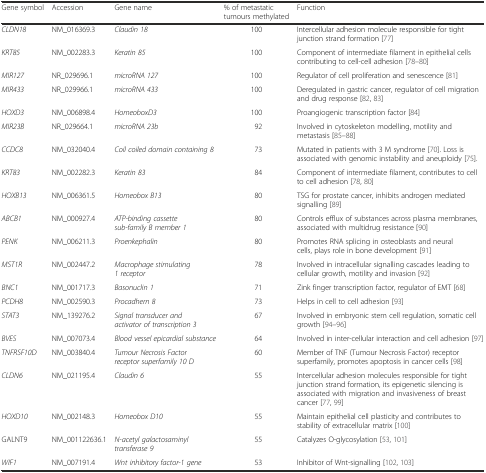
<table><thead><tr><td><b>Gene symbol</b></td><td><b>Accession</b></td><td><b>Gene name</b></td><td><b>% of metastatic tumours methylated</b></td><td><b>Function</b></td></tr></thead><tbody><tr><td><i>CLDN18</i></td><td>NM_016369.3</td><td><i>Claudin 18</i></td><td>100</td><td>Intercellular adhesion molecule responsible for tight junction strand formation [77]</td></tr><tr><td><i>KRT85</i></td><td>NM_002283.3</td><td><i>Keratin 85</i></td><td>100</td><td>Component of intermediate filament in epithelial cells contributing to cell-cell adhesion [78–80]</td></tr><tr><td><i>MIR127</i></td><td>NR_029696.1</td><td><i>microRNA 127</i></td><td>100</td><td>Regulator of cell proliferation and senescence [81]</td></tr><tr><td><i>MIR433</i></td><td>NR_029966.1</td><td><i>microRNA 433</i></td><td>100</td><td>Deregulated in gastric cancer, regulator of cell migration and drug response [82, 83]</td></tr><tr><td><i>HOXD3</i></td><td>NM_006898.4</td><td><i>HomeoboxD3</i></td><td>100</td><td>Proangiogenic transcription factor [84]</td></tr><tr><td><i>MIR23B</i></td><td>NR_029664.1</td><td><i>microRNA 23b</i></td><td>92</td><td>Involved in cytoskeleton modelling, motility and metastasis [85–88]</td></tr><tr><td><i>CCDC8</i></td><td>NM_032040.4</td><td><i>Coil coiled domain containing 8</i></td><td>73</td><td>Mutated in patients with 3 M syndrome [70]. Loss is associated with genomic instability and aneuploidy [75].</td></tr><tr><td><i>KRT83</i></td><td>NM_002282.3</td><td><i>Keratin 83</i></td><td>84</td><td>Component of intermediate filament, contributes to cell to cell adhesion [78, 80]</td></tr><tr><td><i>HOXB13</i></td><td>NM_006361.5</td><td><i>Homeobox B13</i></td><td>80</td><td>TSG for prostate cancer, inhibits androgen mediated signalling [89]</td></tr><tr><td><i>ABCB1</i></td><td>NM_000927.4</td><td><i>ATP-binding cassette sub-family B member 1</i></td><td>80</td><td>Controls efflux of substances across plasma membranes, associated with multidrug resistance [90]</td></tr><tr><td><i>PENK</i></td><td>NM_006211.3</td><td><i>Proenkephalin</i></td><td>80</td><td>Promotes RNA splicing in osteoblasts and neural cells, plays role in bone development [91]</td></tr><tr><td><i>MST1R</i></td><td>NM_002447.2</td><td><i>Macrophage stimulating 1 receptor</i></td><td>78</td><td>Involved in intracellular signalling cascades leading to cellular growth, motility and invasion [92]</td></tr><tr><td><i>BNC1</i></td><td>NM_001717.3</td><td><i>Basonuclin 1</i></td><td>71</td><td>Zink finger transcription factor, regulator of EMT [68]</td></tr><tr><td><i>PCDH8</i></td><td>NM_002590.3</td><td><i>Procadhern 8</i></td><td>73</td><td>Helps in cell to cell adhesion [93]</td></tr><tr><td><i>STAT3</i></td><td>NM_139276.2</td><td><i>Signal transducer and activator of transcription 3</i></td><td>67</td><td>Involved in embryonic stem cell regulation, somatic cell growth [94–96]</td></tr><tr><td><i>BVES</i></td><td>NM_007073.4</td><td><i>Blood vessel epicardial substance</i></td><td>64</td><td>Involved in inter-cellular interaction and cell adhesion [97]</td></tr><tr><td><i>TNFRSF10D</i></td><td>NM_003840.4</td><td><i>Tumour Necrosis Factor receptor superfamily 10 D</i></td><td>60</td><td>Member of TNF (Tumour Necrosis Factor) receptor superfamily, promotes apoptosis in cancer cells [98]</td></tr><tr><td><i>CLDN6</i></td><td>NM_021195.4</td><td><i>Claudin 6</i></td><td>55</td><td>Intercellular adhesion molecules responsible for tight junction strand formation, its epigenetic silencing is associated with migration and invasiveness of breast cancer [77, 99]</td></tr><tr><td><i>HOXD10</i></td><td>NM_002148.3</td><td><i>Homeobox D10</i></td><td>55</td><td>Maintain epithelial cell plasticity and contributes to stability of extracellular matrix [100]</td></tr><tr><td>GALNT9</td><td>NM_001122636.1</td><td><i>N-acetyl galactosaminyl transferase 9</i></td><td>55</td><td>Catalyzes O-glycosylation [53, 101]</td></tr><tr><td><i>WIF1</i></td><td>NM_007191.4</td><td><i>Wnt inhibitory factor-1 gene</i></td><td>53</td><td>Inhibitor of Wnt-signalling [102, 103]</td></tr></tbody></table>